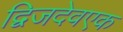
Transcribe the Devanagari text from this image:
द्विजदेवएक